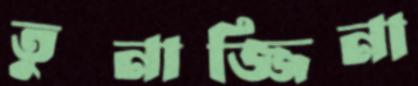
তুনাজ্জিনা